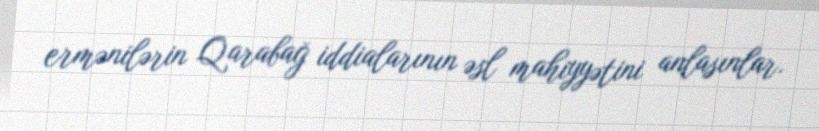
ermənilərin Qarabağ iddialarının əsl mahiyyətini anlasınlar.